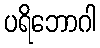
ပရိဘောဂါ